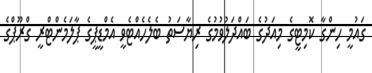
ގައުމީ ހިންގާ ކޮމިޓީގެ މިއަދުގެ ބައްދަލުވުމުގެ ރިޔާސަތު ބެލެހެއްޓެވީ އެމްޑީޕީގެ ޕާލަމެންޓްރީ ގްރޫޕްގެ